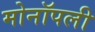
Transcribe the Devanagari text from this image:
मोनॉपली